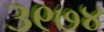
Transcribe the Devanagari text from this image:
३९७४